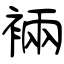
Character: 裲